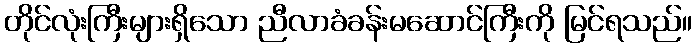
တိုင်လုံးကြီးများရှိသော ညီလာခံခန်းမဆောင်ကြီးကို မြင်ရသည်။